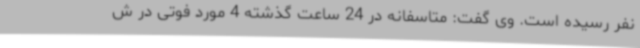
نفر رسیده است. وی گفت: متاسفانه در 24 ساعت گذشته 4 مورد فوتی در ش